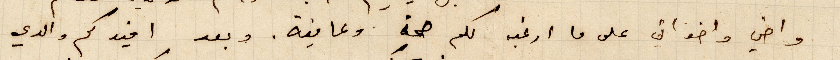
واخي واخواتي على ما ارغب لكم صحة وعافية. وبعد افيدكم والدي